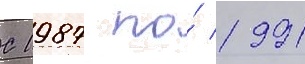
С 1987 по́ 1991